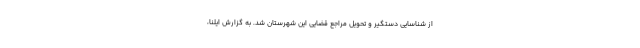
از شناسایی دستگیر و تحویل مراجع قضایی این شهرستان شد. به گزارش ایلنا،